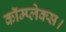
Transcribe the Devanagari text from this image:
कॉम्प्लेक्स।